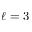
\ell = 3